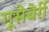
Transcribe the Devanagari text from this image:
गूसेबेर्री